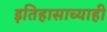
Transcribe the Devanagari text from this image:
इतिहासाच्याही